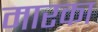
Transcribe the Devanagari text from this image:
मारका